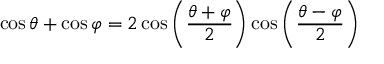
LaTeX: \cos \theta + \cos \varphi = 2 \cos \left( { \frac { \theta + \varphi } { 2 } } \right) \cos \left( { \frac { \theta - \varphi } { 2 } } \right)